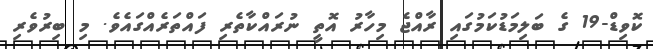
ކޮވިޑް-19 ގެ ބަލިމަޑުކަމުގައި ރާއްޖެ މިހާރު އޮތީ ނުރައްކާތެރި ފައްތަރެއްގައެވެ. މި ބިރުވެރި